Vaccination in Bombay 1902-1912 - 1902-1912
Year: 1902
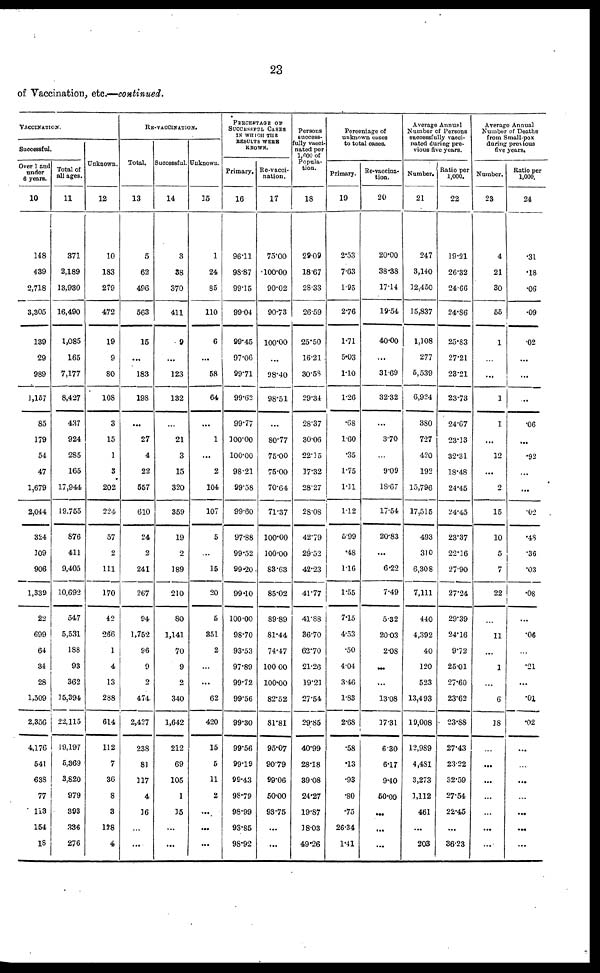
23
of Vaccination, etc.—continued.
VACCINATION.
Successful.
Over 1 and
under
6 years.
10
148
439
2,718
3,305
139
29
989
1,157
85
179
54
47
1,679
2,044
324
109
906
1,339
22
699
64
34
28
1,509
2,356
4,176
541
638
77
113
154
18
Total of
all ages.
11
371
2,189
13,930
16,490
1,085
165
7,177
8,427
437
924
285
165
17,944
19,755
876
411
9,405
10,692
547
5,531
188
93
362
15,394
22,115
19,197
5,369
3,820
979
393
336
276
Unknown.
12
10
183
279
472
19
9
80
108
3
15
1
3
202
224
57
2
111
170
42
266
1
4
13
288
614
112
7
36
8
3
128
4
RE-VACCINATION.
Total.
13
5
62
496
563
15
...
183
198
...
27
4
22
557
610
24
2
241
267
94
1,752
96
9
2
474
2,427
238
81
117
4
16
...
...
Successful.
14
3
38
370
411
9
...
123
132
...
21
3
15
320
359
19
2
189
210
80
1,141
70
9
2
340
1,642
212
69
105
1
15
...
...
Unknown.
15
1
24
85
110
6
...
58
64
...
1
...
2
104
107
5
...
15
20
5
351
2
...
...
62
420
15
5
11
2
...
...
...
PERCENTAGE OF
SUCCESSFUL CASES
IN WHICH THE
RESULTS WERE
KNOWN.
Primary.
16
96.11
98.87
99.15
99.04
99.45
97.06
99.71
99.62
99.77
100.00
100.00
98.21
99.58
99.60
97.88
99.52
99.20
99.10
100.00
98.70
93.53
97.89
99.72
99.56
99.30
99.56
99.19
99.43
98.79
98.99
93.85
98.92
Re-vacci-
nation.
17
75.00
100.00
90.02
90.73
l00.00
...
98.40
98.51
...
80.77
75.00
75.00
70.64
71.37
100.00
100.00
83.63
85.02
89.89
81.44
74.47
100.00
100.00
82.52
81.81
95.07
90.79
99.06
50.00
93.75
...
...
Persons
success-
fully vacci-
nated per
1,000 of
Popula-
tion.
18
29.09
18.67
28.33
26.59
25.50
16.21
30.58
29.34
28.37
30.06
22.15
17.32
28.27
28.08
42.79
29.52
42.23
41.77
41.88
36.70
62.70
21.26
19.21
27.54
29.85
40.99
28.18
39.08
24.27
19.87
18.03
49.26
Percentage of
unknown cases
to total cases.
Primary.
19
2.53
7.63
1.95
2.76
1.71
5.03
1.10
1.26
.68
1.60
.35
1.75
1.11
1.12
5.99
.48
116
1.55
7.15
4.53
.50
4.04
3.46
1.83
2.68
.58
.13
.93
.80
.75
26.34
1.41
Re-vaccina-
tion.
20
20.00
38.38
17.14
19.54
40.00
...
31.69
32.32
...
3.70
...
9.09
18.67
17.54
20.83
...
6.22
7.49
5.32
20.03
2.08
...
...
13.08
17.31
6.30
6.17
9.40
50.00
...
...
...
Average Annual
Number of Persons
successfully vacci-
nated during pre-
vious five years.
Number.
21
247
3,140
12,450
15,837
1,108
277
5,539
6,924
380
727
420
192
15,796
17,515
493
310
6,308
7,111
440
4,392
40
120
523
13,493
19,008
12,989
4,481
3,273
1,112
461
...
203
Ratio per
1,000.
22
19.21
26.32
24.66
24.86
25.83
27.21
23.21
23.73
24.67
23.13
32.31
18.48
24.45
24.45
23.37
22.16
27.90
27.24
29.39
24.16
9.72
25.01
27.60
23.62
23.88
27.43
23.22
32.59
27.54
22.45
...
36.23
Average Annual
Number of Deaths
from Small-pox
during previous
five years.
Number.
23
4
21
30
55
1
...
...
1
1
...
12
...
2
15
10
5
7
22
...
11
...
1
...
6
18
...
...
...
...
...
...
...
Ratio per
1,000.
24
.31
.18
.06
.09
.02
...
...
...
.06
...
.92
...
...
.02
.48
.36
.03
.08
...
.06
...
.21
...
.01
.02
...
...
...
...
...
...
...